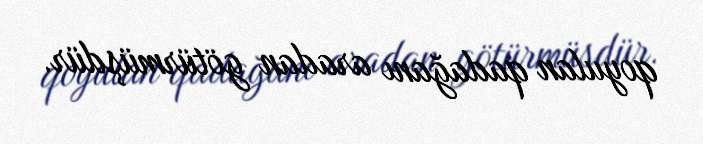
qoyulan qadağanı aradan götürmüşdür.